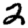
Digit: 2